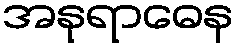
အနုရာဓေန